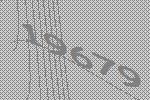
19679